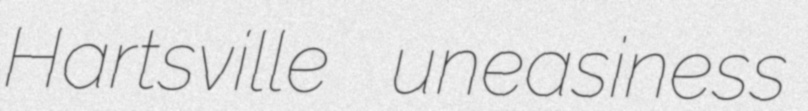
Hartsville uneasiness